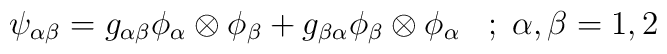
\psi_{\alpha\beta}=g_{\alpha\beta}\phi_{\alpha}\otimes\phi_{\beta}+g_{\beta\alpha}\phi_{\beta}\otimes\phi_{\alpha}\;\;\;;\;\alpha,\beta=1,2